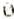
0